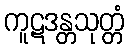
ကူဋဒန္တသုတ္တံ